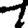
Digit: 1